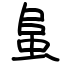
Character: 蛗